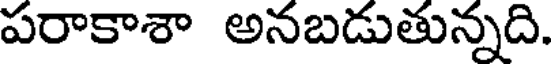
పరాకాశా అనబడుతున్నది.